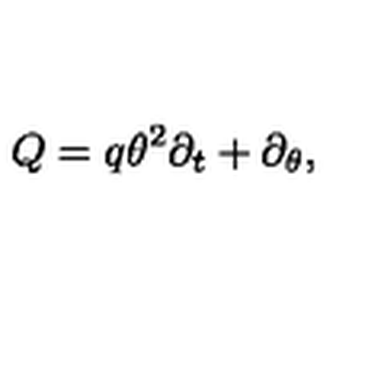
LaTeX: Q = q \theta ^ { 2 } \partial _ { t } + \partial _ { \theta } ,